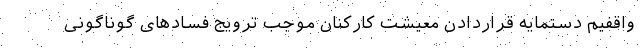
واقفیم دستمایه قراردادن معیشت کارکنان موجب ترویج فسادهای گوناگونی